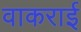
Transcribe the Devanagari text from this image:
वाकराई